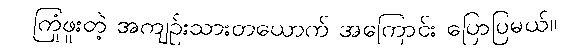
ကြုံဖူးတဲ့ အကျဉ်းသားတယောက် အကြောင်း ပြောပြမယ်။